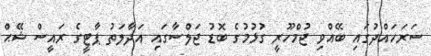
ސަރަހައްދުގައި ބޭއްވި ޖުމްހޫރީ ގުޅުމުގެ ބޮޑު ޖަލްސާގައި އަދާލަތު ޕާޓީގެ ރައީސް ޝޭޙް